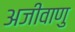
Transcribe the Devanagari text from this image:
अजीवाणु